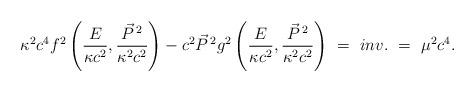
LaTeX: \begin{align*}\kappa^2 c^4 f^2\left(\frac{E}{\kappa c^2} ,\frac{\vec{P}^{\,2}}{\kappa^2 c^2}\right) - c^2 \vec{P}^{\,2} g^2\left(\frac{E}{\kappa c^2} , \frac{\vec{P}^{\,2}}{\kappa^2c^2}\right) \ = \ inv. \ = \ \mu^2 c^4 .\end{align*}